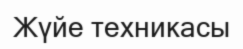
Жүйе техникасы